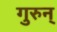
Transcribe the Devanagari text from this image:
गुरुन्